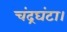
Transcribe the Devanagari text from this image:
चंद्रघंटा।